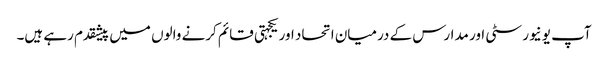
آپ یونیورسٹی اور مدارس کے درمیان اتحاد اور یکجہتی قائم کرنے والوں میں پیشقدم رہے ہیں۔